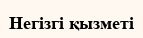
Негізгі қызметі